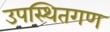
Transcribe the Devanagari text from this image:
उपस्थितगण